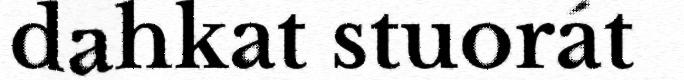
dahkat stuorát